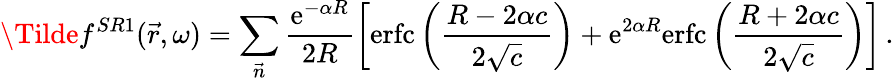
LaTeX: \Tilde{f}^{SR1}(\vec{r},\omega)=\sum_{\vec{n}}\frac{\mathrm{e}^{-\alpha R}}{2R}\left[\mathrm{erfc}\left(\frac{R-2\alpha c}{2\sqrt{c}}\right)+\mathrm{e}^{2\alpha R}\mathrm{erfc}\left(\frac{R+2\alpha c}{2\sqrt{c}}\right)\right]\, .